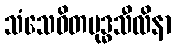
သံသေဝိတဗုဒ္ဓသီလိနာ